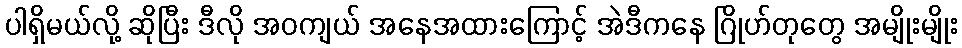
ပါရှိမယ်လို့ ဆိုပြီး ဒီလို အဝကျယ် အနေအထားကြောင့် အဲဒီကနေ ဂြိုဟ်တုတွေ အမျိုးမျိုး